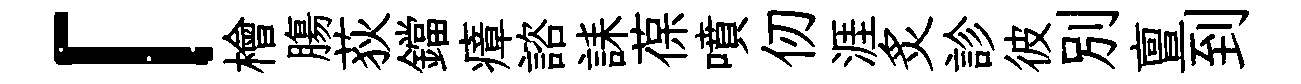
「檜膓荻鐺瘴諮誄葆噴仞涯炙診彼別亶到